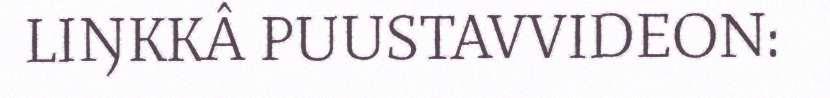
LIŊKKÂ PUUSTAVVIDEON: